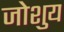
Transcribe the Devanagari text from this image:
जोशुय